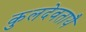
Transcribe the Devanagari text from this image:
कुलदेवतायै